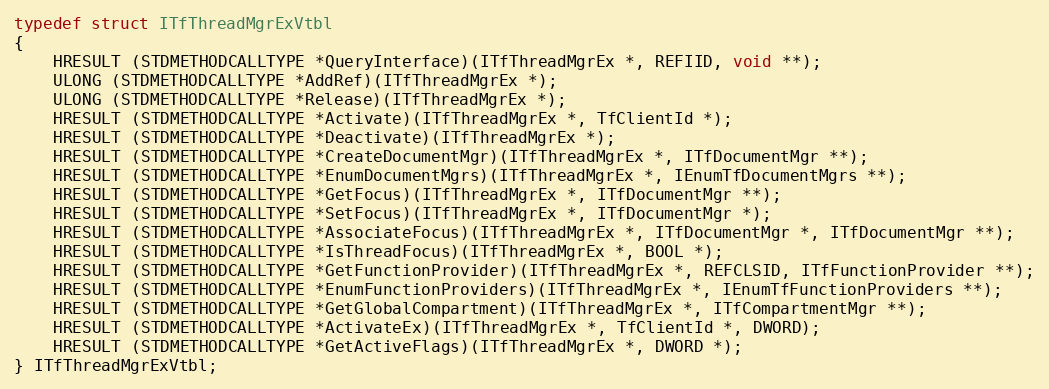
Language: C
typedef struct ITfThreadMgrExVtbl
{
    HRESULT (STDMETHODCALLTYPE *QueryInterface)(ITfThreadMgrEx *, REFIID, void **);
    ULONG (STDMETHODCALLTYPE *AddRef)(ITfThreadMgrEx *);
    ULONG (STDMETHODCALLTYPE *Release)(ITfThreadMgrEx *);
    HRESULT (STDMETHODCALLTYPE *Activate)(ITfThreadMgrEx *, TfClientId *);
    HRESULT (STDMETHODCALLTYPE *Deactivate)(ITfThreadMgrEx *);
    HRESULT (STDMETHODCALLTYPE *CreateDocumentMgr)(ITfThreadMgrEx *, ITfDocumentMgr **);
    HRESULT (STDMETHODCALLTYPE *EnumDocumentMgrs)(ITfThreadMgrEx *, IEnumTfDocumentMgrs **);
    HRESULT (STDMETHODCALLTYPE *GetFocus)(ITfThreadMgrEx *, ITfDocumentMgr **);
    HRESULT (STDMETHODCALLTYPE *SetFocus)(ITfThreadMgrEx *, ITfDocumentMgr *);
    HRESULT (STDMETHODCALLTYPE *AssociateFocus)(ITfThreadMgrEx *, ITfDocumentMgr *, ITfDocumentMgr **);
    HRESULT (STDMETHODCALLTYPE *IsThreadFocus)(ITfThreadMgrEx *, BOOL *);
    HRESULT (STDMETHODCALLTYPE *GetFunctionProvider)(ITfThreadMgrEx *, REFCLSID, ITfFunctionProvider **);
    HRESULT (STDMETHODCALLTYPE *EnumFunctionProviders)(ITfThreadMgrEx *, IEnumTfFunctionProviders **);
    HRESULT (STDMETHODCALLTYPE *GetGlobalCompartment)(ITfThreadMgrEx *, ITfCompartmentMgr **);
    HRESULT (STDMETHODCALLTYPE *ActivateEx)(ITfThreadMgrEx *, TfClientId *, DWORD);
    HRESULT (STDMETHODCALLTYPE *GetActiveFlags)(ITfThreadMgrEx *, DWORD *);
} ITfThreadMgrExVtbl;